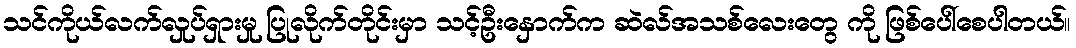
သင်ကိုယ်လက်လှုပ်ရှားမှု ပြုလိုက်တိုင်းမှာ သင့်ဦးနှောက်က ဆဲလ်အသစ်လေးတွေ ကို ဖြစ်ပေါ်စေပါတယ်။